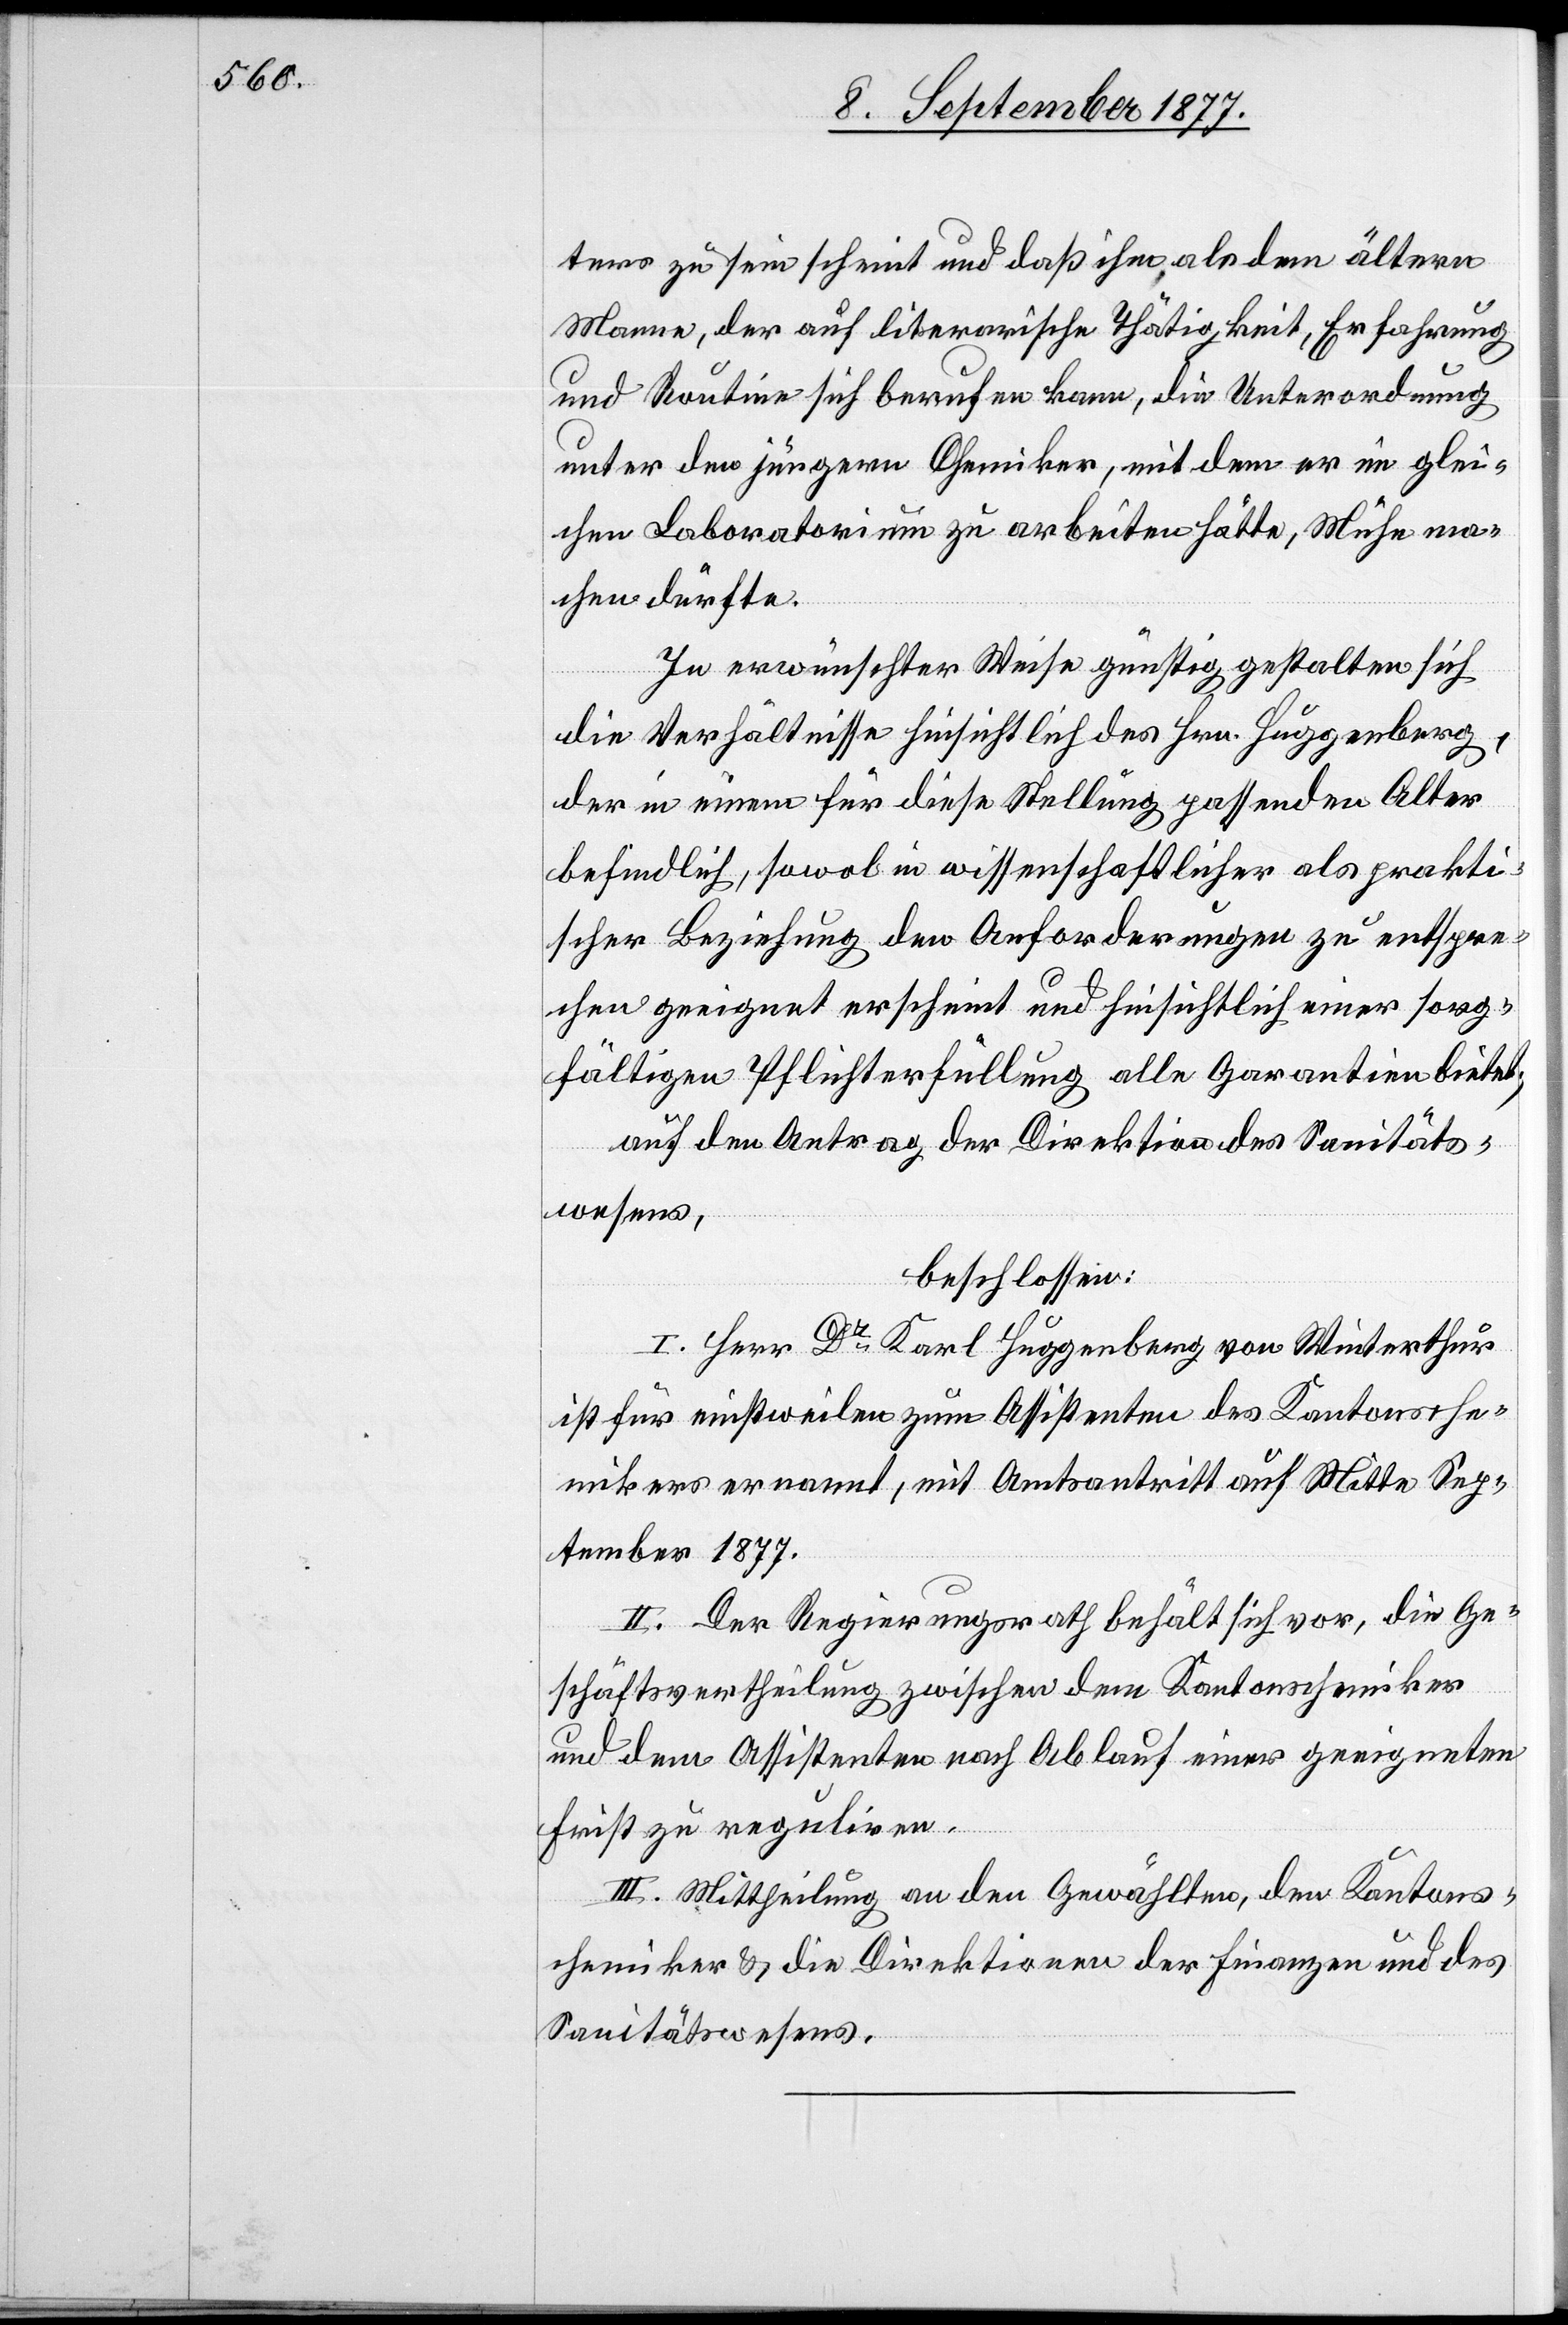
ters zu sein scheint und daß ihm als dem ältern
Manne, der auf literarische Thätigkeit, Erfahrung
und Routine sich berufen kann, die Unterordnung
unter den jüngern Chemiker, mit dem er im glei¬
chen Laboratorium zu arbeiten hätte, Mühe ma¬
chen dürfte.
In erwünschter Weise günstig gestalten sich
die Verhältnisse hinsichtlich des Hrn. Huggenberg,
der in einem für diese Stellung passenden Alter
befindlich, sowol in wissenschaftlicher als prakti¬
scher Beziehung den Anforderungen zu entspre¬
chen geeignet erscheint und hinsichtlich einer sorg¬
fältigen Pflichterfüllung alle Garantien bietet;
auf den Antrag der Direktion des Sanitäts¬
wesens,
beschlossen:
I. Herr Dr Karl Huggenberg von Winterthur
ist für einstweilen zum Assistenten des Kantonsche¬
mikers ernannt, mit Amtsantritt auf Mitte Sep¬
tember 1877.
II. Der Regierungsrath behält sich vor, die Ge¬
schäftsvertheilung zwischen dem Kantonschemiker
und dem Assistenten nach Ablauf einer geeigneten
Frist zu reguliren.
III. Mittheilung an den Gewählten, den Kantons¬
chemiker & die Direktionen der Finanzen und des
Sanitätswesens.